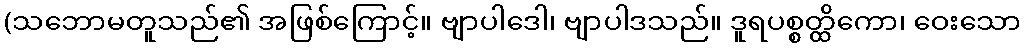
(သဘောမတူသည်၏ အဖြစ်ကြောင့်။ ဗျာပါဒေါ၊ ဗျာပါဒသည်။ ဒူရပစ္စတ္ထိကော၊ ဝေးသော